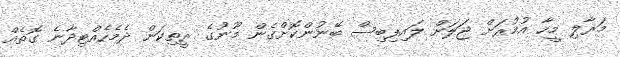
މަރާލި މީހާ އުމުރަށް ޖަލަށް ލައިފިބިސް ބޭނުންކޮށްގެން މޫނުގެ ރީތިކަން ދެމެހެއްޓިދާނެ ގޮތެއް